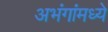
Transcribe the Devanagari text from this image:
अभंगांमध्ये